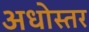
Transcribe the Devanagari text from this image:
अधोस्तर